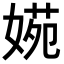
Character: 𡟃